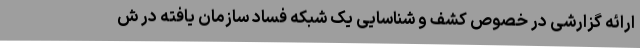
ارائه گزارشی در خصوص کشف و شناسایی یک شبکه فساد سازمان یافته در ش